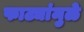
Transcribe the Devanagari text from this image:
फाट्यांमुळे